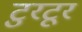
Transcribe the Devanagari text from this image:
टुरटूर